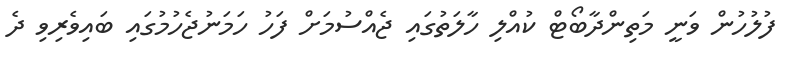
ފުލުހުން ވަނީ މަތިންދާބޯޓް ކުއްލި ހާލަތުގައި ޖެއްސުމަށް ފަހު ހަމަނުޖެހުމުގައި ބައިވެރިވި ދެ